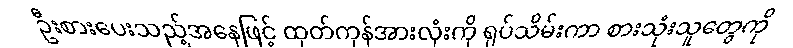
ဦးစားပေးသည့်အနေဖြင့် ထုတ်ကုန်အားလုံးကို ရုပ်သိမ်းကာ စားသုံးသူတွေကို